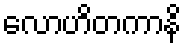
လောဟိတကာနိ